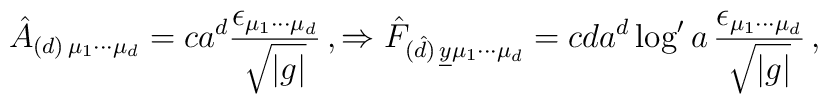
\hat{A}_{(d)\, \mu_{1}\cdots\mu_{d}} =c a^{d} \frac{\epsilon_{\mu_{1}\cdots\mu_{d}}}{\sqrt{|g|}}\, , \Rightarrow\hat{F}_{(\hat{d})\, \underline{y} \mu_{1}\cdots\mu_{d}} =c d a^{d} \log^{\prime}{a}\, \frac{\epsilon_{\mu_{1}\cdots\mu_{d}}}{\sqrt{|g|}}\, ,